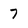
Character: 7